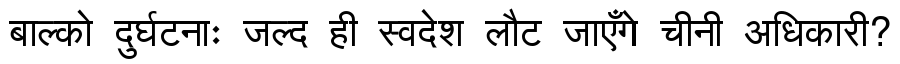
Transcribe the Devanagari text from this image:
बाल्को दुर्घटनाः जल्द ही स्वदेश लौट जाएँगे चीनी अधिकारी?